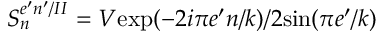
S _ { n } ^ { e ^ { \prime } n ^ { \prime } / I I } = V \mathrm { e x p } ( - 2 i \pi e ^ { \prime } n / k ) / 2 \mathrm { s i n } ( \pi e ^ { \prime } / k )